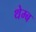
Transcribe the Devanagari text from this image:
थेम्ब